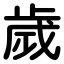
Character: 歲